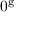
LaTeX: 0 ^ { \mathrm { g } }